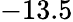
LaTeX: -13.5